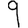
Digit: 9